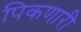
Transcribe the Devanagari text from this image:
पिकणारी